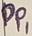
Text: PPI